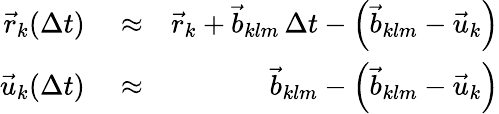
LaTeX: \begin{array}{rlr}{\vec{r}_{k}(\Delta t)}&{{}\approx}&{\vec{r}_{k}+\vec{b}_{klm}\, \Delta t-\left(\vec{b}_{klm}-\vec{u}_{k}\right)}\\ {\vec{u}_{k}(\Delta t)}&{{}\approx}&{\vec{b}_{klm}-\left(\vec{b}_{klm}-\vec{u}_{k}\right)}\end{array}